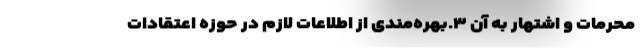
محرمات و اشتهار به آن ۳.بهره‌مندی از اطلاعات لازم در حوزه اعتقادات